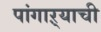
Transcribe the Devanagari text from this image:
पांगाऱ्याची